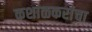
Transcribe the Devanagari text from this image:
कशाळकरांचा